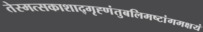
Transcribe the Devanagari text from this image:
तेस्मत्सकाशाद्गृह्णंतुबलिमष्टांगमक्षयं